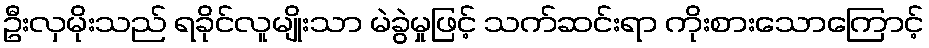
ဦးလှမိုးသည် ရခိုင်လူမျိုးသာ မဲခွဲမှုဖြင့် သက်ဆင်းရာ ကိုးစားသောကြောင့်